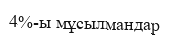
4%-ы мұсылмандар